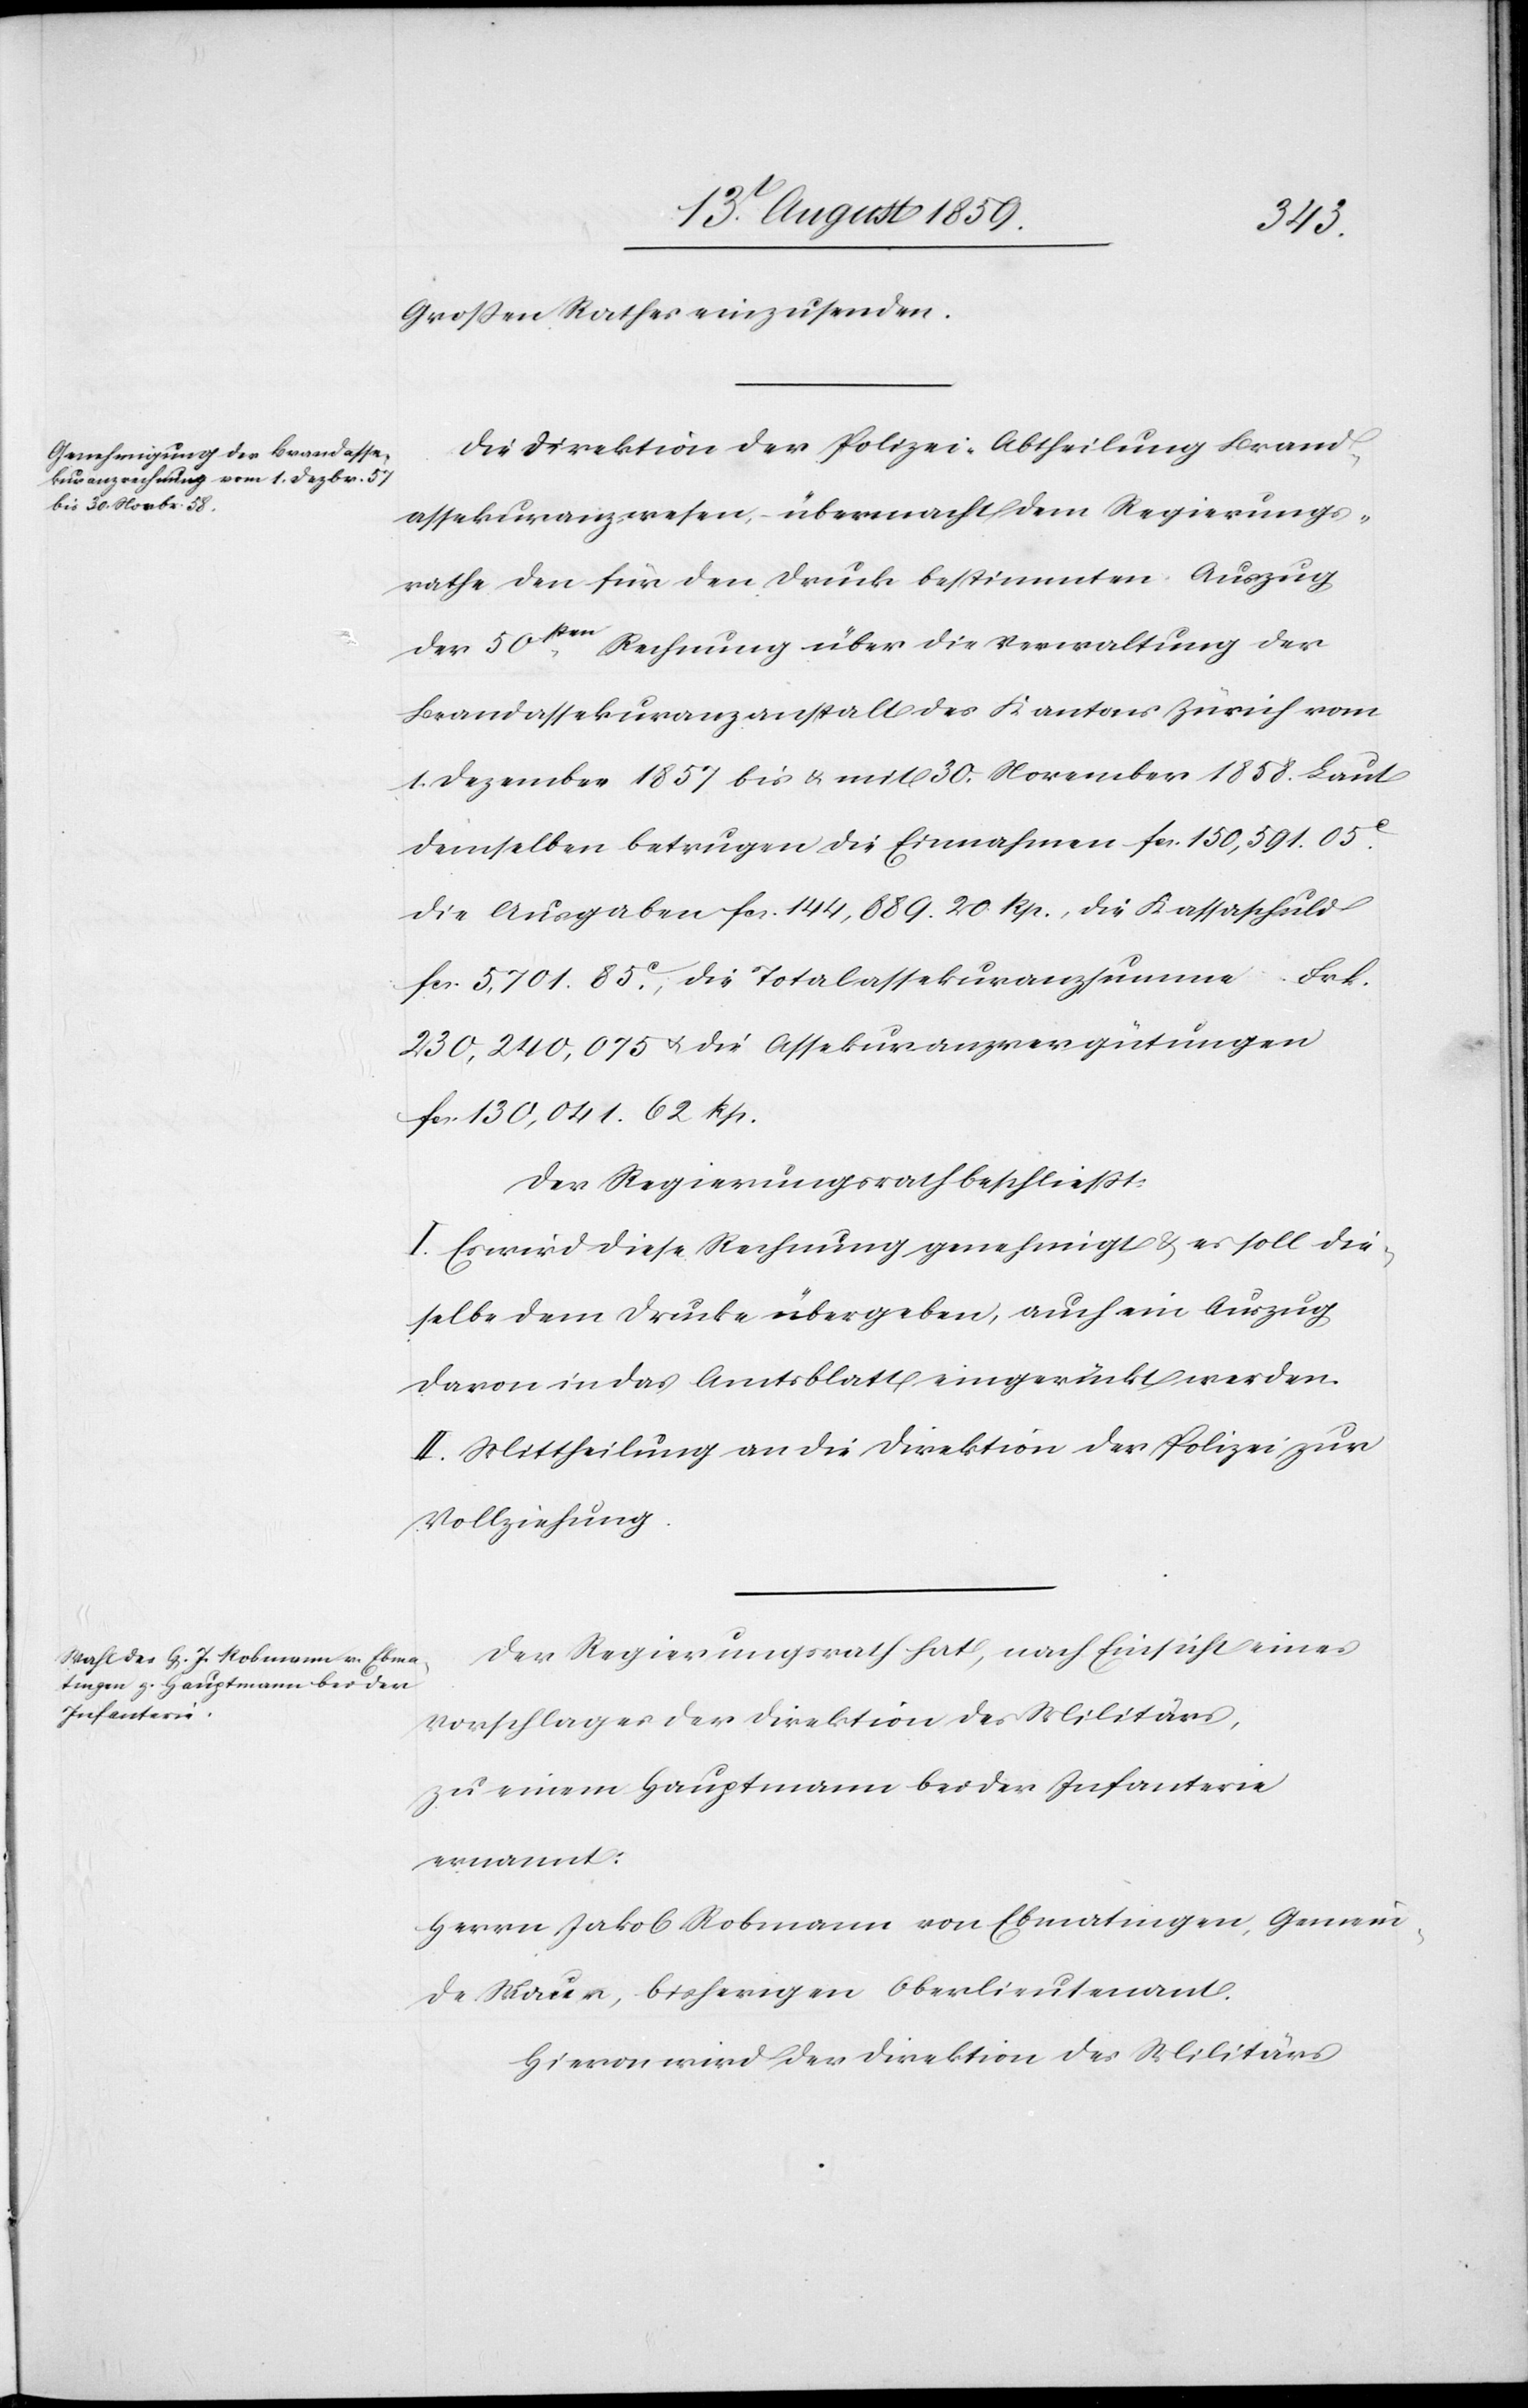
Großen Rathes einzusenden.
Die Direktion der Polizei, Abtheilung Brand¬
assekuranzwesen, übermacht dem Regierungs¬
rathe den für den Druck bestimmten Auszug
der 50sten. Rechnung über die Verwaltung der
Brandassekuranzanstalt des Kantons Zürich vom
1. Dezember 1857 bis u. mit 30. November 1858. Laut
demselben betrugen die Einnahmen fcs. 150,591.05c.
die Ausgaben fcs. 144,889.20 Rp., die Kassaschuld
fcs. 5,701.85c., die Totalassekuranzsumme Frk.
230,240,075 u. die Assekuranzvergütungen
fcs. 130,041.62 Rp.
Der Regierungsrath beschließt:
I. Es wird diese Rechnung genehmigt u. es soll die¬
selbe dem Drucke übergeben, auch ein Auszug
davon in das Amtsblatt eingerückt werden.
II. Mittheilung an die Direktion der Polizei zur
Vollziehung.
Der Regierungsrath hat, nach Einsicht eines
Vorschlages der Direktion des Militärs,
zu einem Hauptmann bei der Infanterie
ernannt:
Herrn Jakob Robmann von Ebmatingen, Gemein¬
de Maur, bisherigen Oberlieutenant.
Hievon wird der Direktion des Militärs